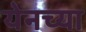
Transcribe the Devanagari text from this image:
येनच्या